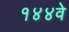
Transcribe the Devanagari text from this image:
१४४वे